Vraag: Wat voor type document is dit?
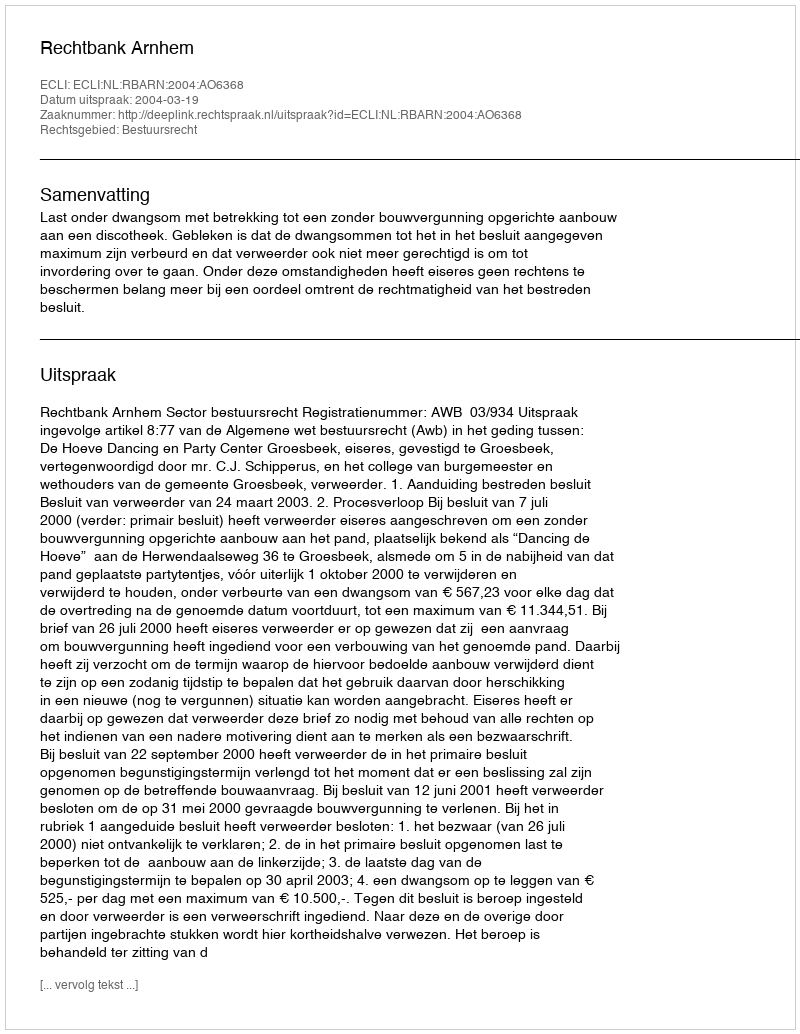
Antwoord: Uitspraak